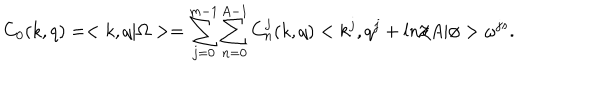
C _ { 0 } ( k , q ) = < k , q | \Omega > = \sum _ { j = 0 } ^ { m - 1 } \sum _ { n = 0 } ^ { A - 1 } C _ { n } ^ { j } ( k , q ) < k ^ { j } , q ^ { j } + l n / A | \phi > \omega ^ { j s } .